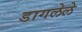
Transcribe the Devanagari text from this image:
डागलेले